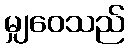
မျှဝေသည်